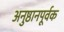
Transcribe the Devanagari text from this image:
अनुष्ठानपूर्वक